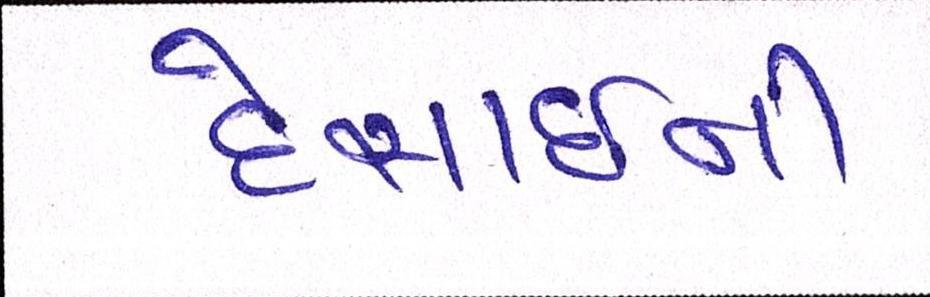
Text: દેસાઇની